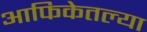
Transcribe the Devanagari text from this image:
आफिकेतल्या